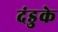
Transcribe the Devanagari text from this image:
दंडुके